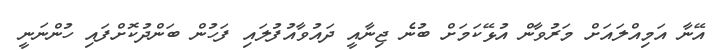
އޭނާ އަމިއްލައަށް މަރުވާން އުޅޭކަމަށް ބުނެ ޖިނާއީ ދައުވާއުފުލައި ފަހުން ބަންދުކޮށްފައި ހުންނަނީ